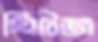
হিটজ